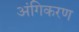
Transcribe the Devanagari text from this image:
अंगिकरण